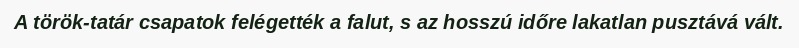
A török-tatár csapatok felégették a falut, s az hosszú időre lakatlan pusztává vált.